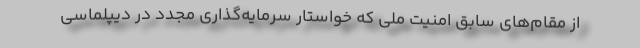
از مقام‌های سابق امنیت ملی که خواستار سرمایه‌گذاری مجدد در دیپلماسی